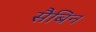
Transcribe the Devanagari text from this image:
सैबिन